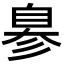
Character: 𦤒